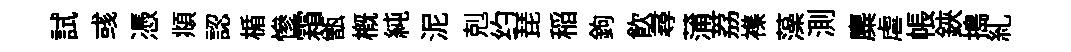
試彧憑頫認楯慘霜甑概純泥剋约琵稲鉤飲尋蒲荔襍藻測麋虐帳鋏搗糺